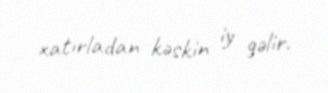
xatırladan kəskin iy gəlir.